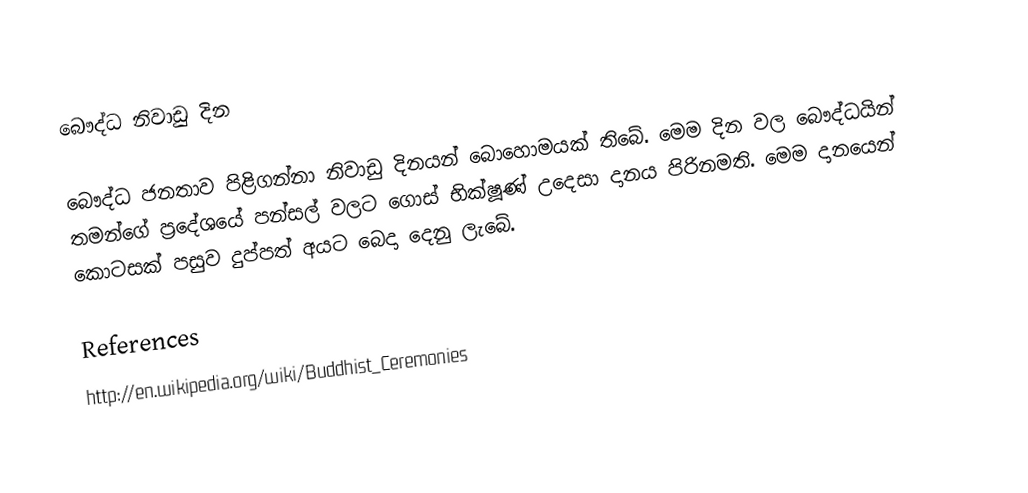
බෞද්ධ නිවාඩු දින

බෞද්ධ ජනතාව පිළිගන්නා නිවාඩු දිනයන් බොහොමයක් තිබේ. මෙම දින වල බෞද්ධයින් තමන්ගේ ප්‍රදේශයේ පන්සල් වලට ගොස් භික්ෂූණ් උදෙසා දානය පිරිනමති. මෙම දානයෙන් කොටසක් පසුව දුප්පත් අයට බෙදා දෙනු ලැබේ.

References
http://en.wikipedia.org/wiki/Buddhist_Ceremonies